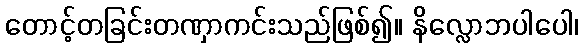
တောင့်တခြင်းတဏှာကင်းသည်ဖြစ်၍။ နိလ္လောဘပါပေါ၊